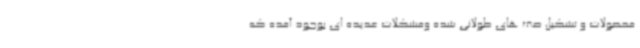
محصولات و تشکیل صف های طولانی شده ومشکلات عدیده ای بوجود آمده که